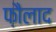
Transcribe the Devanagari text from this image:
फ़ौलाद